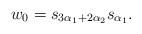
LaTeX: \begin{align*} w_0 = s_{3\alpha_1 + 2\alpha_2}s_{\alpha_1}.\end{align*}